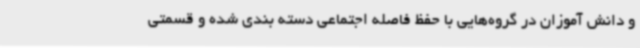
و دانش آموزان در گروه‌هایی با حفظ فاصله اجتماعی دسته بندی شده و قسمتی